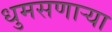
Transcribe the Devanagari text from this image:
धुमसणार्‍या